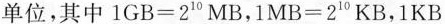
单位，其中$$1GB=2^{10}MB$$，$$1MB=21^{10}KB$$，1KB